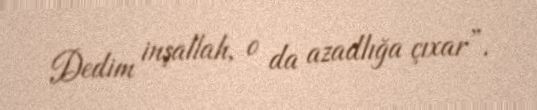
Dedim inşallah, o da azadlığa çıxar”.